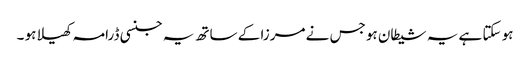
ہو سکتا ہے یہ شیطان ہو جس نے مرزا کے ساتھ یہ جنسی ڈرامہ کھیلا ہو ۔